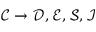
\mathcal { C } \rightarrow \mathcal { D } , \mathcal { E } , \mathcal { S } , \mathcal { I }